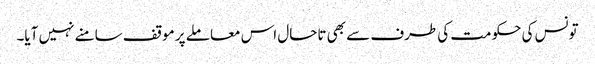
تونس کی حکومت کی طرف سے بھی تاحال اس معاملے پر موقف سامنے نہیں آیا۔